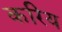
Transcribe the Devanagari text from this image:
करिय